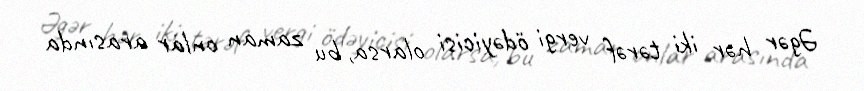
Əgər hər iki tərəf vergi ödəyicisi olarsa, bu zaman onlar arasında